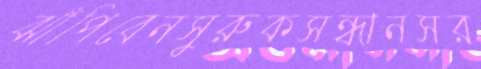
ঝাঁপিবেনসুরুকসন্ধানসর